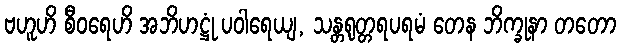
ဗဟူဟိ စီဝရေဟိ အဘိဟဋ္ဌုံ ပဝါရေယျ, သန္တရုတ္တရပရမံ တေန ဘိက္ခုနာ တတော